画像に写った文字を読んでください
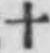
「十」と書いてあります